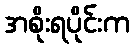
အစိုးရပိုင်းက